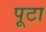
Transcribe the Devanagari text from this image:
पूटा